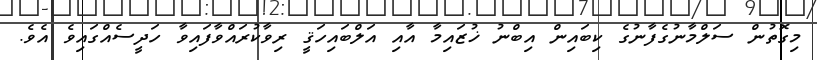
މިގޮތުން ސަލްމާނުގެފާނުގެ ކިބައިން އިބްނު ޚުޒައިމާ އާއި އަލްބައިހަޤީ ރިވާކުރައްވާފައިވާ ހަދީސެއްގައިވެ އެވެ.